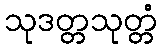
သုဒတ္တသုတ္တံ